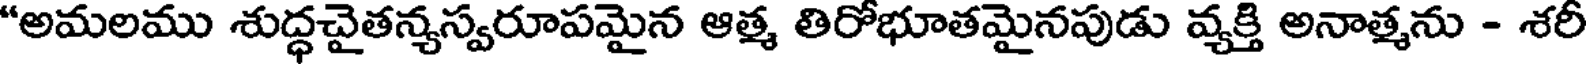
"అమలము శుద్ధచైతన్యస్వరూపమైన ఆత్మ తిరోభూతమైనపుడు వ్యక్తి అనాత్మను - శరీ